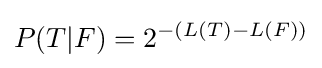
P(T|F)=2^{-(L(T)-L(F))}